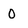
Character: 0